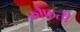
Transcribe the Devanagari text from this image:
फौफती